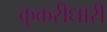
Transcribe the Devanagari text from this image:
कुकरीधारी